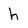
Character: h